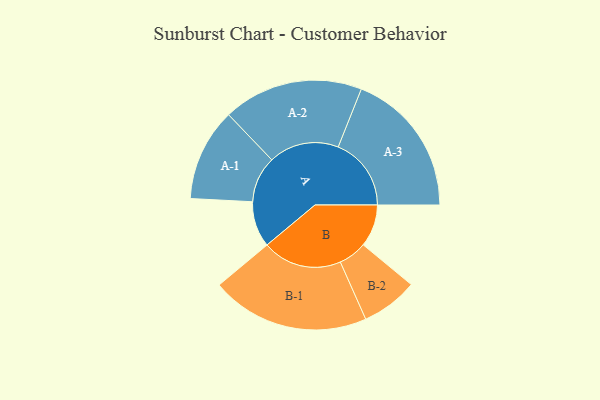
{"axis": {"x": "Segment", "y": "Value"}, "legend": ["", "A", "B"], "data": [{"x": "A", "y": 173, "type": ""}, {"x": "B", "y": 160, "type": ""}, {"x": "A-1", "y": 175, "type": "A"}, {"x": "A-2", "y": 265, "type": "A"}, {"x": "A-3", "y": 276, "type": "A"}, {"x": "B-1", "y": 300, "type": "B"}, {"x": "B-2", "y": 107, "type": "B"}]}